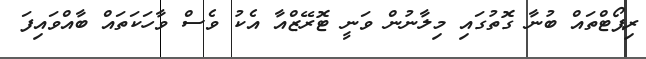
ރިޕޯޓްތައް ބުނާ ގޮތުގައި މިލާނުން ވަނީ ޓޮރޭޒްއާ އެކު ވެސް ވާހަކަތައް ބާއްވައިފަ